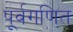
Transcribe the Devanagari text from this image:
पूर्वगणित